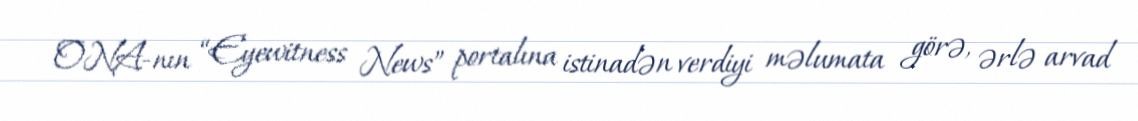
ONA-nın “Eyewitness News” portalına istinadən verdiyi məlumata görə, ərlə arvad